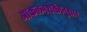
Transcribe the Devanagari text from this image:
आकलनशक्तीनुसार